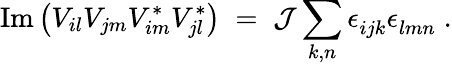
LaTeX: \mathrm{Im}\left(V_{il}V_{jm}V_{im}^{*}V_{jl}^{*}\right)\; =\; {\cal J}\sum_{k,n}\epsilon_{ijk}^{~}\epsilon_{lmn}^{~}\; .